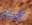
أبيع